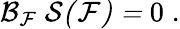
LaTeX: \mathcal{B}_{\mathcal{F}}\ \mathcal{S(F)=}\; 0\; .